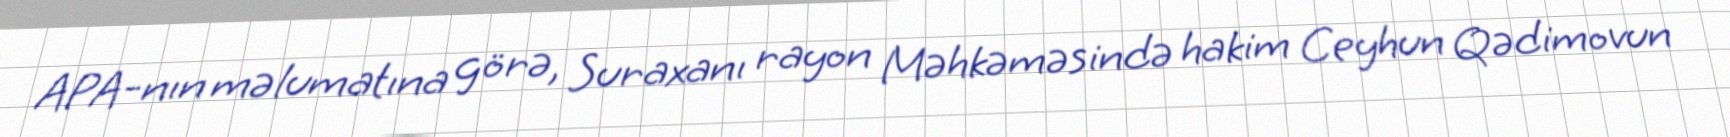
APA-nın məlumatına görə, Suraxanı rayon Məhkəməsində hakim Ceyhun Qədimovun